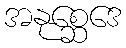
အနုစ္ဆေဒေ